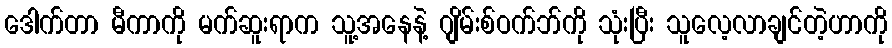
ဒေါက်တာ မီကာကို မက်ဆူးရာက သူ့အနေနဲ့ ဂျိမ်းစ်ဝက်ဘ်ကို သုံးပြီး သူလေ့လာချင်တဲ့ဟာကို